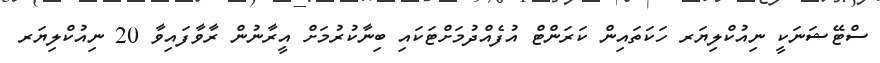
ސްޓޭޝަނަކީ ނިއުކްލިޔަރ ހަކަތައިން ކަރަންޓް އުފެއްދުމަށްޓަކައި ބިނާކުރުމަށް އީރާނުން ރާވާފައިވާ 20 ނިއުކްލިޔަރ